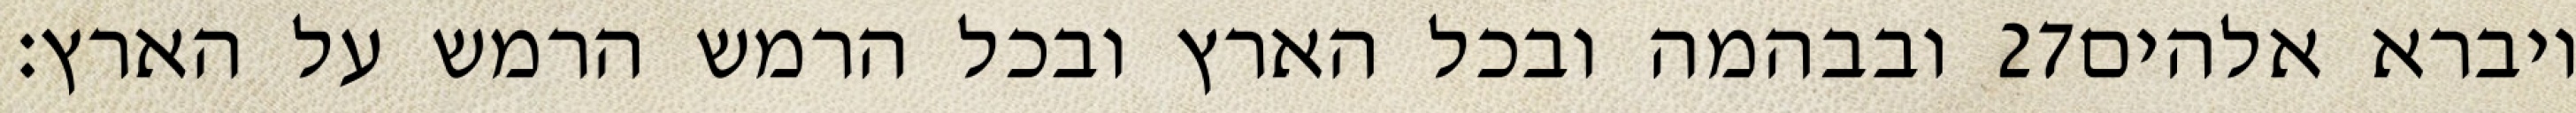
ובבהמה ובכל הארץ ובכל הרמש הרמש על הארץ׃ ‎27‏ ויברא אלהים